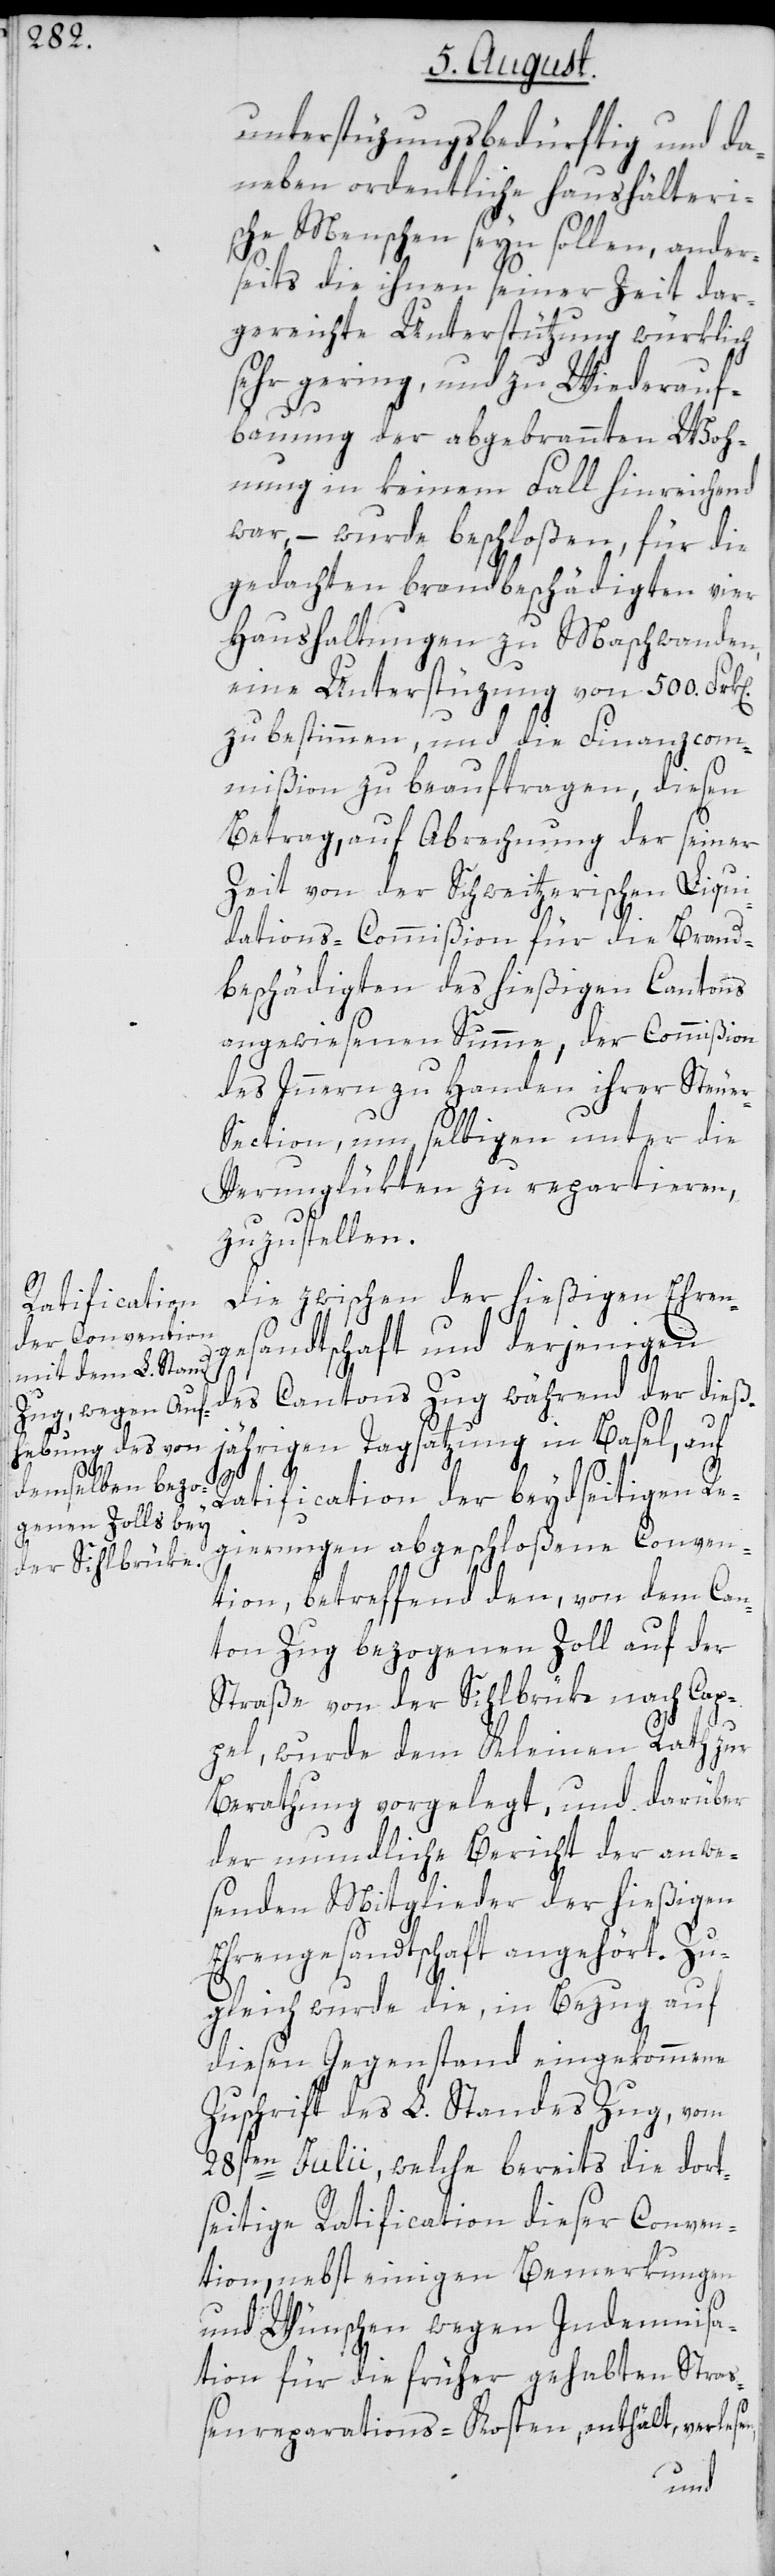
n].

unterstüzungsbedürftig und da¬
neben ordentliche haushälteri¬
sche Menschen seyn sollen, ander¬
seits die ihnen seiner Zeit dar¬
gereichte Unterstützung würklich
sehr gering, und zu Wiederauf¬
bauung der abgebrannten Woh¬
nung in keinem Fall hinreichend
war, – wurde beschloßen, für die
gedachten brandbeschädigten vier
Haushaltungen zu Maschwanden
eine Unterstüzung von 500. Frk[e¬
zu bestimmen, und die Finanzcom¬
mißion zu beauftragen, diesen
Betrag, auf Abrechnung der seiner
Zeit von der Schweitzerischen Liqui¬
dations-Commißion für die Brand¬
beschädigten des hießigen Cantons
angewiesenen Summe, der Commißion
des Innern zu Handen ihrer Steue¬
r-Section, um selbigen unter die
Verunglükten zu repartieren,
zuzustellen.
Die zwischen der hießigen Ehren¬
gesandtschaft und derjenigen
des Cantons Zug während der dieß¬
jährigen Tagsatzung in Basel, auf
Ratification der beydseitigen Re¬
gierungen abgeschloßene Conven¬
tion, betreffend den, von dem Can¬
ton Zug bezogenen Zoll auf der
Straße von der Sihlbrüke nach Cap¬
pel, wurde dem Kleinen Rath zur
Berathung vorgelegt, und darüber
der mundliche Bericht der anwe¬
senden Mitglieder der hießigen
Ehrengesandtschaft angehört. Zu¬
gleich wurde die, in Bezug auf
diesen Gegenstand eingekommene
Zuschrift des L. Standes Zug, vom
28sten Julii, welche bereits die dort¬
seitige Ratification dieser Conven¬
tion, nebst einigen Bemerkungen
und Wünschen wegen Indemnisa¬
tion für die früher gehabten Stra¬
ßenreparations-Kosten, enthält, verles¬
en,